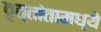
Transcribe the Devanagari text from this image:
वृत्तांतामध्ये